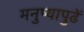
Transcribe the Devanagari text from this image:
मनुष्यापुढें